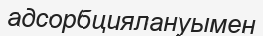
адсорбциялануымен